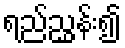
ရည်ညွှန်း၍